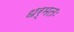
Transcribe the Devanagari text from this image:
धर्मतः